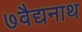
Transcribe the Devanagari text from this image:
७वैद्यनाथ